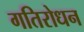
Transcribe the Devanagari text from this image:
गतिरोधन